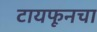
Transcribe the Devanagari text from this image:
टायफूनचा